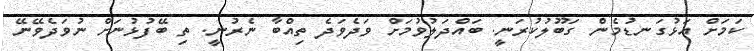
ކަމަށް އަޅުގަނޑުމެން ގަބޫލުކުރަނީ. ބައްދަލުވުމަށް ވަދެވަދެ ތިއްބާ ނެރުނީ. ތި ބޭފުޅުނަށް ނުވަދެވޭނޭ